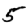
Digit: 5